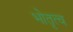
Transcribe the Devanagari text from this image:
भोतृत्व